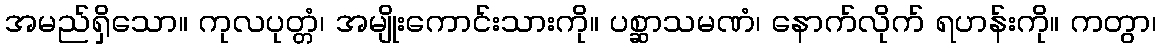
အမည်ရှိသော။ ကုလပုတ္တံ၊ အမျိုးကောင်းသားကို။ ပစ္ဆာသမဏံ၊ နောက်လိုက် ရဟန်းကို။ ကတွာ၊